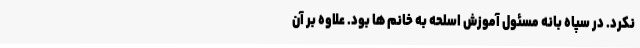
نکرد. در سپاه بانه مسئول آموزش اسلحه به خانم ها بود. علاوه بر آن